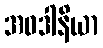
အဝဒါနိယာ